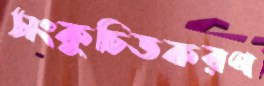
সংকুচিতকরণ